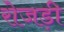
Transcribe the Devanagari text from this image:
रोजड़ी